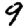
Digit: 9